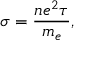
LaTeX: \quad \sigma = { \frac { n e ^ { 2 } \tau } { m _ { e } } } ,